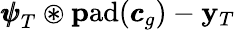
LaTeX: {\pmb{\psi}}_{T}\circledast\mathrm{\mathbf pad}({\pmb{c}}_{g})-\mathbf y_{T}